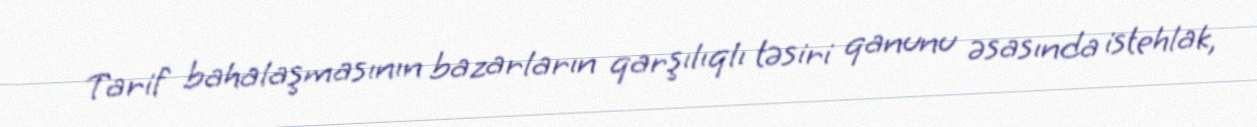
Tarif bahalaşmasının bazarların qarşılıqlı təsiri qanunu əsasında istehlak,